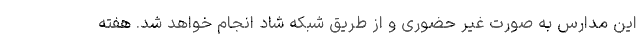
این مدارس به صورت غیر حضوری و از طریق شبکه شاد انجام خواهد شد. هفته